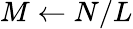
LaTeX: M\gets N/L